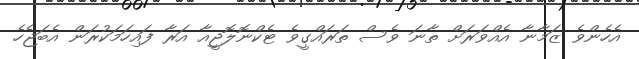
އެހެންވެ ޒަމާނާ އެއްވަރަށް ތާނަ ވެސް ތަރައްގީވެ ޓެކްނޮލޮޖީއާ އަރާ ފައިހަމަކުރަން އެބަޖެހެ